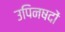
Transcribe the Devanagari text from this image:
उपिनषदों